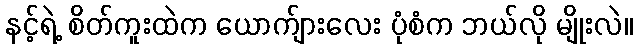
နင့်ရဲ့ စိတ်ကူးထဲက ယောက်ျားလေး ပုံစံက ဘယ်လို မျိုးလဲ။